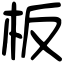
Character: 板